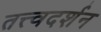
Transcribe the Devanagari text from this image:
तत्त्वदर्शन